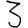
Digit: 3